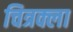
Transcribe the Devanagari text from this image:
चित्रक्ला